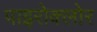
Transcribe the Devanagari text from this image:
पाइरोक्लोर